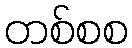
တစ်စစ